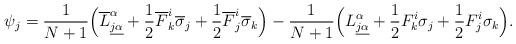
LaTeX: \begin{align*} \aligned \psi_j&=\frac1{N+1}\Big(\overline L^\alpha_{\underline{j\alpha}} +\frac12\overline F^i_k\overline\sigma_j+ \frac12\overline F^i_j\overline\sigma_k\Big)- \frac1{N+1}\Big(L^\alpha_{\underline{j\alpha}} +\frac12F^i_k\sigma_j+ \frac12F^i_j\sigma_k\Big). \endaligned \end{align*}